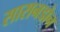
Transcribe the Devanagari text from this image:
सारानडोन